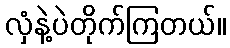
လှံနဲ့ပဲတိုက်ကြတယ်။